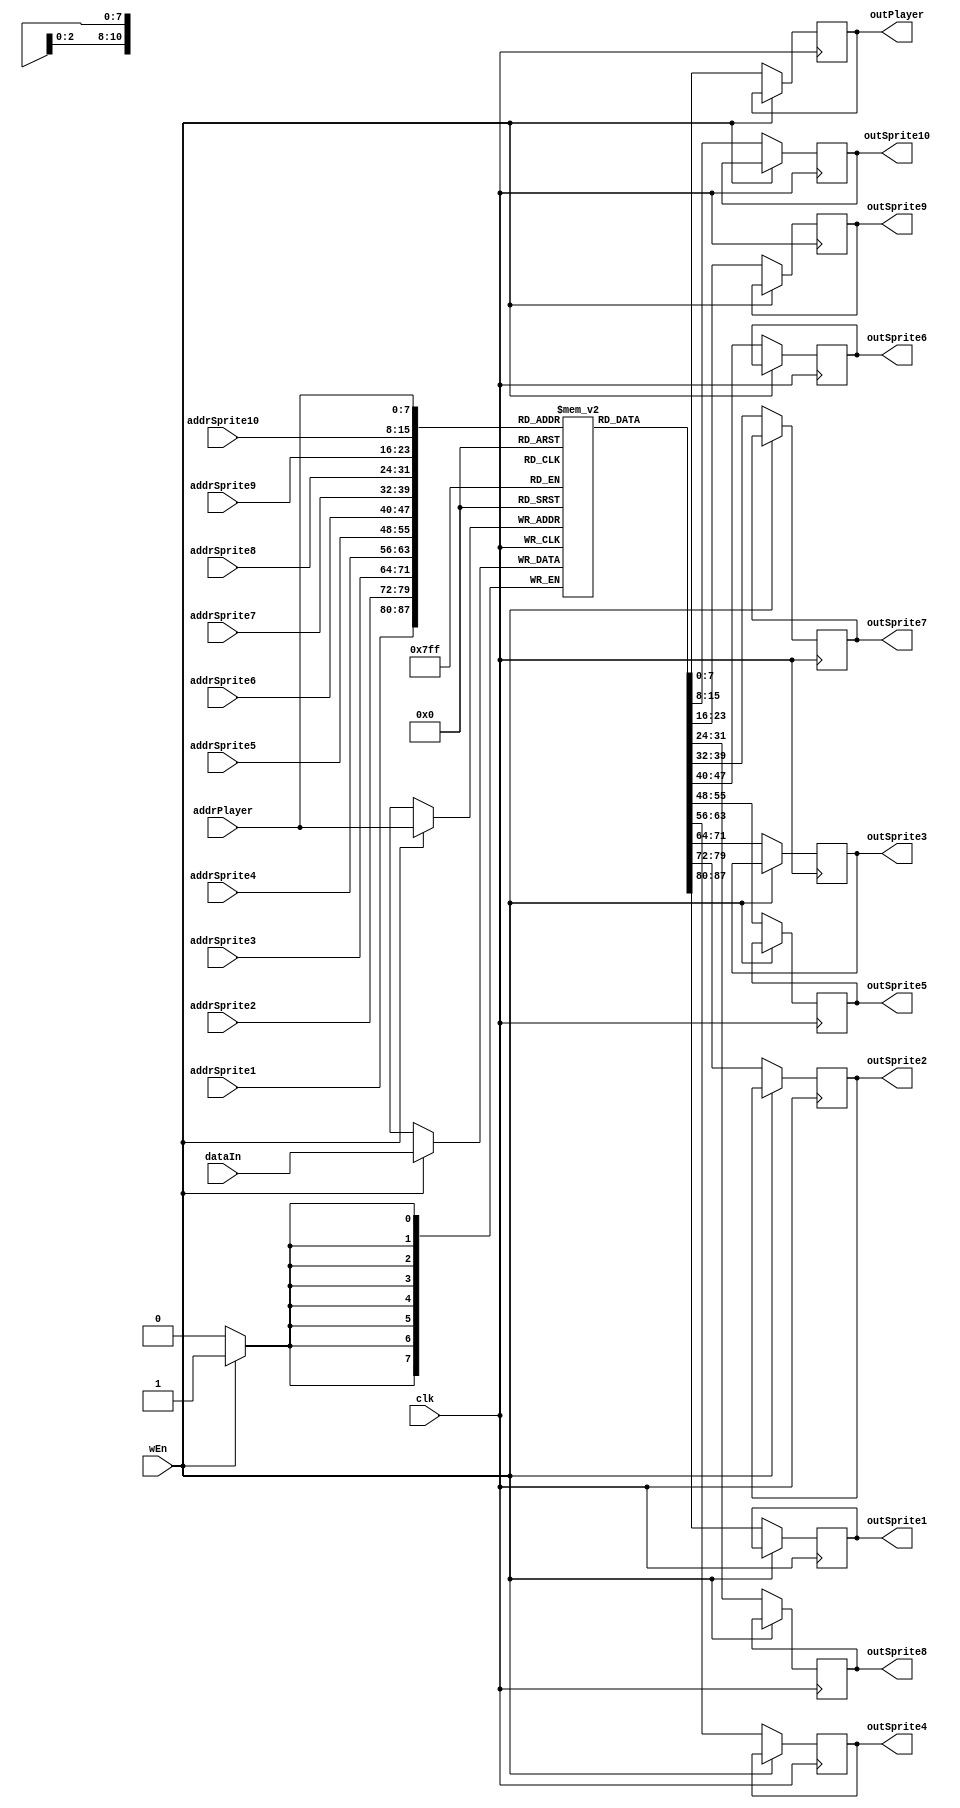
`timescale 1ns / 1ps
module VGA_Sprite_RAM #( parameter DATA_WIDTH = 8, ADDRESS_WIDTH = 8, DEPTH = 256, MEMFILE = "") (
    input wire                     clk,
    input wire                     wEn,
    input wire [ADDRESS_WIDTH-1:0] addrSprite1, addrSprite2, addrSprite3, addrSprite4, addrSprite5, addrSprite6, addrSprite7, addrSprite8, addrSprite9, addrSprite10,
    input wire [ADDRESS_WIDTH-1:0] addrPlayer,
    input wire [DATA_WIDTH-1:0]    dataIn,
    output reg [DATA_WIDTH-1:0]   outSprite1, outSprite2, outSprite3, outSprite4, outSprite5, outSprite6, outSprite7, outSprite8, outSprite9, outSprite10,
    output reg [DATA_WIDTH-1:0]    outPlayer);
    
    reg[DATA_WIDTH-1:0] MemoryArray[0:DEPTH-1];
    
    initial begin
        if(MEMFILE > 0) begin
            $readmemh(MEMFILE, MemoryArray);
        end
    end
    
    // assign outSprite1 = MemoryArray[addrSprite1];
    // assign outSprite2 = MemoryArray[addrSprite2];
    // assign outSprite3 = MemoryArray[addrSprite3];
    // assign outSprite4 = MemoryArray[addrSprite4];
    // assign outSprite5 = MemoryArray[addrSprite5];
    // assign outSprite6 = MemoryArray[addrSprite6];
    // assign outSprite7 = MemoryArray[addrSprite7];
    // assign outSprite8 = MemoryArray[addrSprite8];
    // assign outSprite9 = MemoryArray[addrSprite9];
    // assign outSprite10 = MemoryArray[addrSprite10];
    // assign outPlayer = MemoryArray[addrPlayer];
    always @(posedge clk) begin
        if(wEn) begin
            MemoryArray[addrPlayer] <= dataIn;
        end else begin
            outSprite1 <= MemoryArray[addrSprite1];
            outSprite2 <= MemoryArray[addrSprite2];
            outSprite3 <= MemoryArray[addrSprite3];
            outSprite4 <= MemoryArray[addrSprite4];
            outSprite5 <= MemoryArray[addrSprite5];
            outSprite6 <= MemoryArray[addrSprite6];
            outSprite7 <= MemoryArray[addrSprite7];
            outSprite8 <= MemoryArray[addrSprite8];
            outSprite9 <= MemoryArray[addrSprite9];
            outSprite10 <= MemoryArray[addrSprite10];

            outPlayer <= MemoryArray[addrPlayer];
        end
    end
endmodule